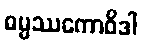
ဓမ္မဿကောဝိဒါ